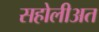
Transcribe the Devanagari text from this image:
सहोलीअत